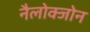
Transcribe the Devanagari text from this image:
नैलोक्जोन